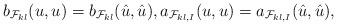
LaTeX: \begin{align*} b_{\mathcal{F}_{k l}}(u,u)=b_{\mathcal{F}_{k l}}(\hat{u},\hat{u}), a_{\mathcal{F}_{k l,I}}(u,u)=a_{\mathcal{F}_{k l,I}}(\hat{u},\hat{u}),\end{align*}